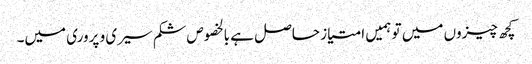
کچھ چیزوں میں تو ہمیں امتیاز حاصل ہے بالخصوص شکم سیری و پروری میں۔